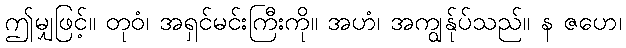
ဤမျှဖြင့်။ တုဝံ၊ အရှင်မင်းကြီးကို။ အဟံ၊ အကျွန်ုပ်သည်။ န ဇဟေ၊